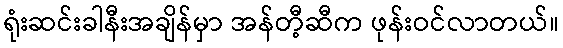
ရုံးဆင်းခါနီးအချိန်မှာ အန်တီ့ဆီက ဖုန်းဝင်လာတယ်။